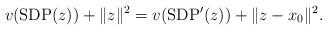
LaTeX: \begin{align*}v({\rm SDP}(z))+\|z\|^2=v({\rm SDP'}(z))+\|z-x_0\|^2.\end{align*}